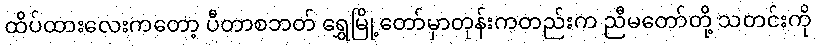
ထိပ်ထားလေးကတော့ ပီတာစဘတ် ရွှေမြို့တော်မှာတုန်းကတည်းက ညီမတော်တို့ သတင်းကို